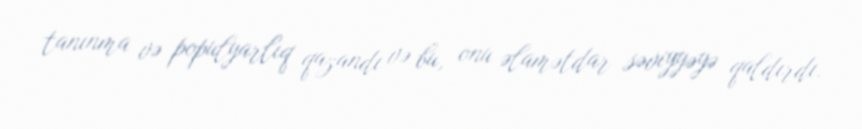
tanınma və populyarlıq qazandı və bu, onu əlamətdar səviyyəyə qaldırdı.